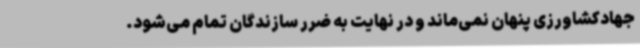
جهادکشاورزی پنهان نمی‌ماند و در نهایت به ضرر سازندگان تمام می‌شود.